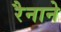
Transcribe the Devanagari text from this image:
रैनाने